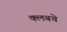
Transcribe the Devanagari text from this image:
क्‍लबचे